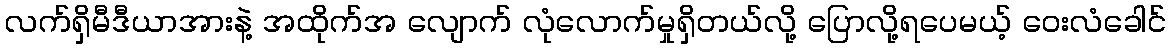
လက်ရှိမီဒီယာအားနဲ့ အထိုက်အ လျောက် လုံလောက်မှုရှိတယ်လို့ ပြောလို့ရပေမယ့် ဝေးလံခေါင်